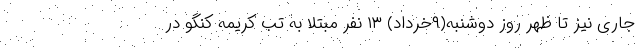
جاری نیز تا ظهر روز دوشنبه(۹خرداد) ۱۳ نفر مبتلا به تب کریمه کنگو در